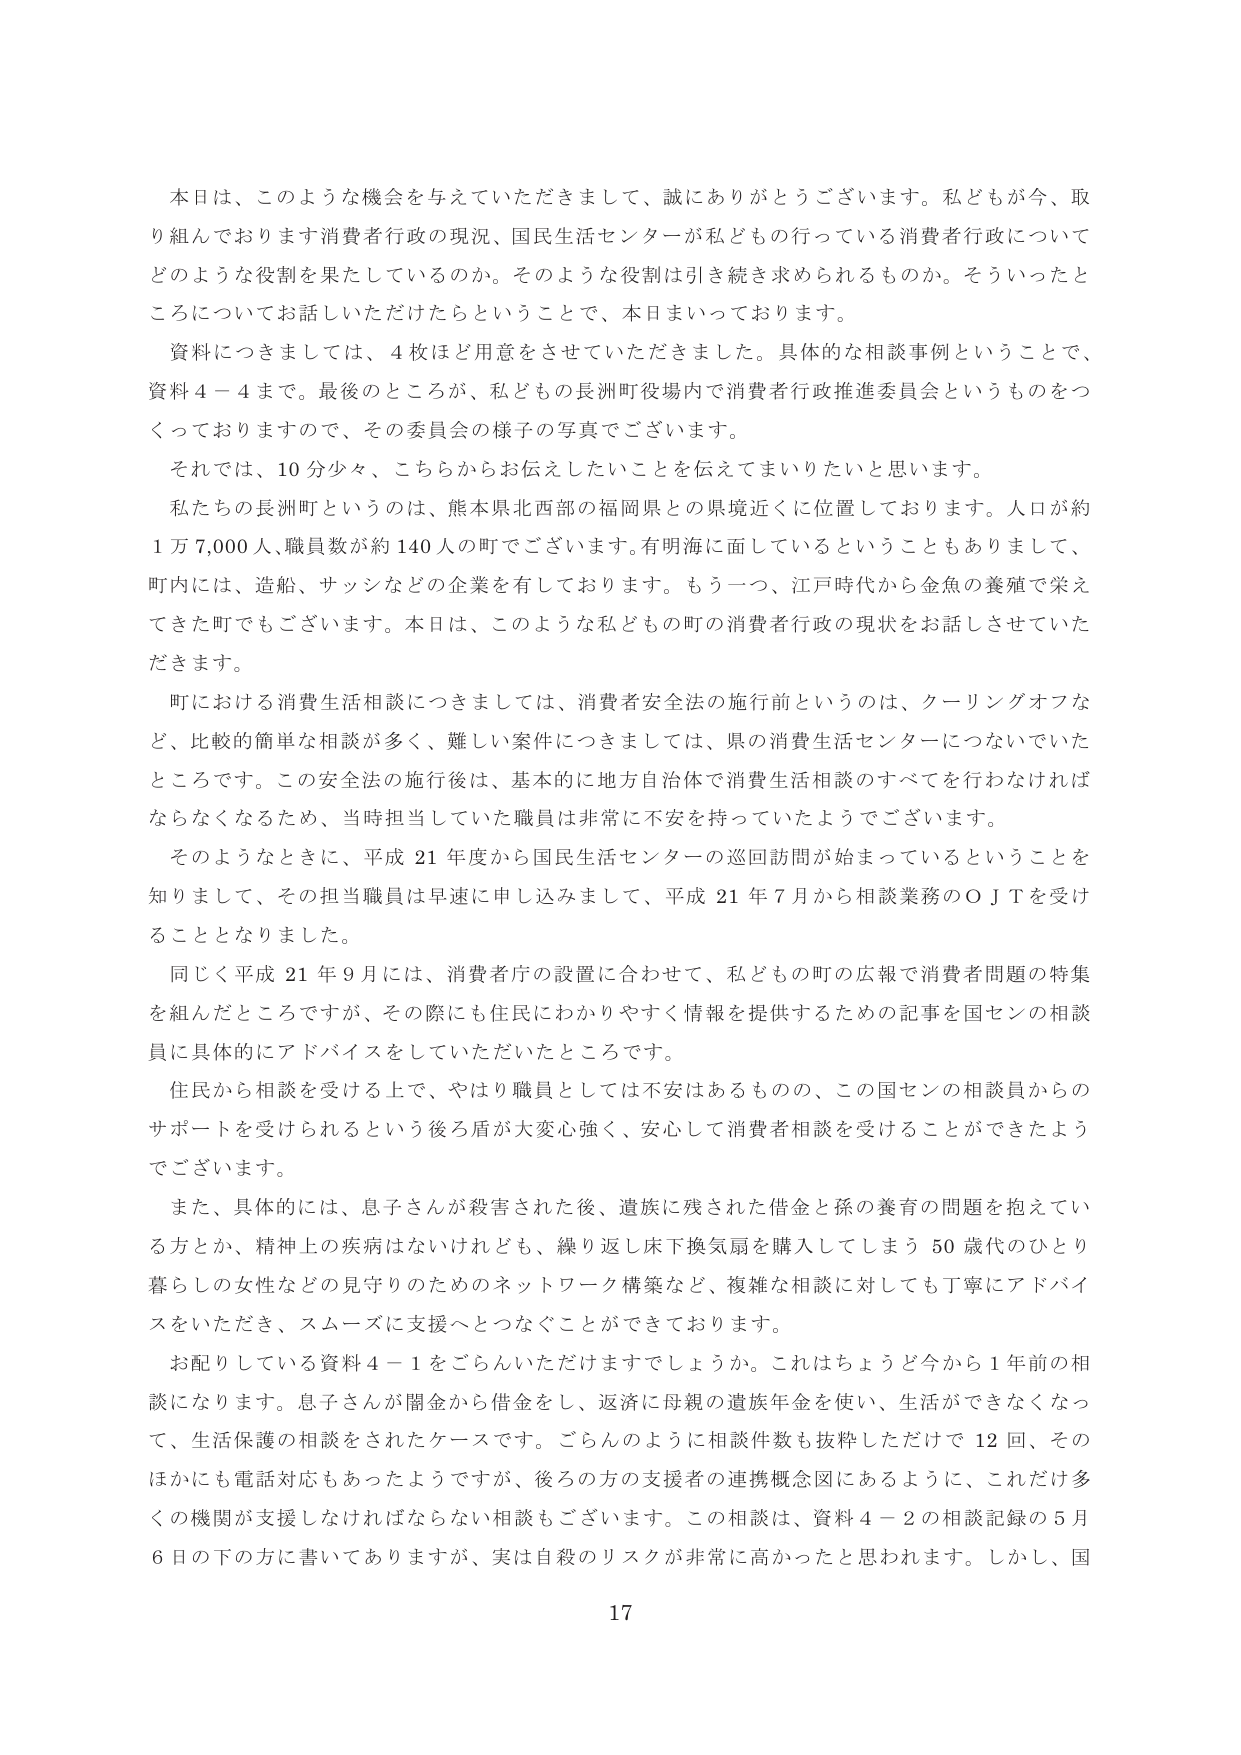
本日は、このような機会を与えていただきまして、誠にありがとうございます。私どもが今、取り組んでおります消費者行政の現況、国民生活センターが私どもの行っている消費者行政についてどのような役割を果たしているのか。そのような役割は引き続き求められるものか。そういったところについてお話しいただけたらということで、本日まいっております。

資料につきましては、4枚ほど用意をさせていただきました。具体的な相談事例ということで、資料4－4まで。最後のところが、私どもの長洲町役場内で消費者行政推進委員会というものをつくっておりますので、その委員会の様子の写真でございます。

それでは、10分少々、こちらからお伝えしたいことを伝えてまいりたいと思います。

私たちの長洲町というのは、熊本県北西部の福岡県との県境近くに位置しております。人口が約1万7,000人、職員数が約140人の町でございます。有明海に面しているということもありまして、町内には、造船、サッシなどの企業を有しております。もう一つ、江戸時代から金魚の養殖で栄えてきた町でもございます。本日は、このような私どもの町の消費者行政の現状をお話しさせていただきます。

町における消費生活相談につきましては、消費者安全法の施行前というのは、クーリングオフなど、比較的簡単な相談が多く、難しい案件につきましては、県の消費生活センターにつないでいたところです。この安全法の施行後は、基本的に地方自治体で消費生活相談のすべてを行わなければならないくなるため、当時担当していた職員は非常に不安を持っていたようでございます。

そのようなときに、平成21年度から国民生活センターの巡回訪問が始まっているということを知りまして、その担当職員は早速に申し込みまして、平成21年7月から相談業務のOJTを受けることとなりました。

同じく平成21年9月には、消費者庁の設置に合わせて、私どもの町の広報で消費者問題の特集を組んだところですが、その際にも住民にわかりやすく情報を提供するための記事を国センの相談員に具体的にアドバイスをしていただいたところです。

住民から相談を受ける上で、やはり職員としては不安はあるものの、この国センの相談員からのサポートを受けられるという後ろ盾が大変心強く、安心して消費者相談を受けることができたようでございます。

また、具体的には、息子さんが殺害された後、遺族に残された借金と孫の養育の問題を抱えている方とか、精神上の疾病はないけれども、繰り返し床下換気扇を購入してしまう50歳代のひとり暮らしの女性などの見守りのためのネットワーク構築など、複雑な相談に対しても丁寧にアドバイスをいただき、スムーズに支援へとつなぐことができております。

お配りしている資料4－1をごらんいただけますでしょうか。これはちょうど今から1年前の相談になります。息子さんが闇金から借金をし、返済に母親の遺族年金を使い、生活ができなくなって、生活保護の相談をされたケースです。ごらんのように相談件数も抜粋しただけで12回、そのほかにも電話対応もあったようですが、後ろの方の支援者の連携概念図にあるように、これだけ多くの機関が支援しなければならない相談もございます。この相談は、資料4－2の相談記録の5月6日の下の方に書いてありますが、実は自殺のリスクが非常に高かったと思われます。しかし、国

17